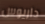
داريوس